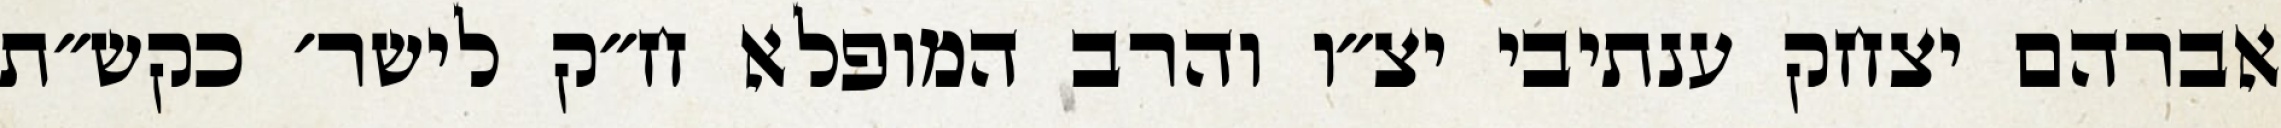
אברהם יצחק ענתיבי יצ״ו והרב המופלא ח״ק לישר׳ כקש״ת